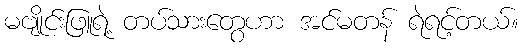
မဗျိုင်းဖြူရဲ့ တပ်သားတွေဟာ အင်မတန် ရဲရင့်တယ်။